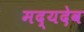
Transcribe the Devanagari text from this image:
मद्यदेव